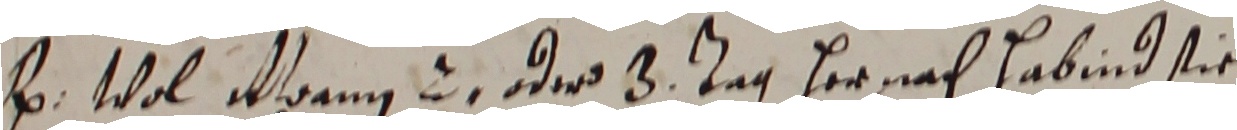
B. Wol Maann un der 3. tag hernach habind sie